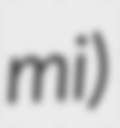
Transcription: mi)